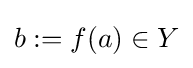
b:=f(a)\in Y